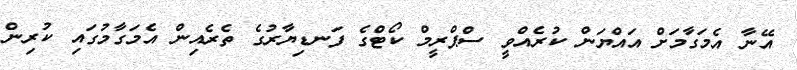
އޭނާ އެމަގާމަށް އައްޔަން ކުރެއްވީ ސްޕްރީމް ކޯޓްގެ ފަނޑިޔާރުގެ ތެރެއިން އެމަގާމުގައި ކުރިން